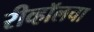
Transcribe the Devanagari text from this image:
रीव्हॉलचा